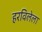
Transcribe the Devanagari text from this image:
हरविलेला